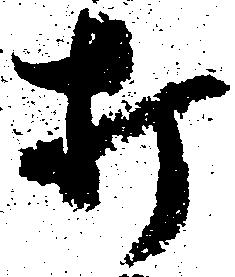
打